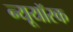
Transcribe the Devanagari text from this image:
न्यूयॉरक